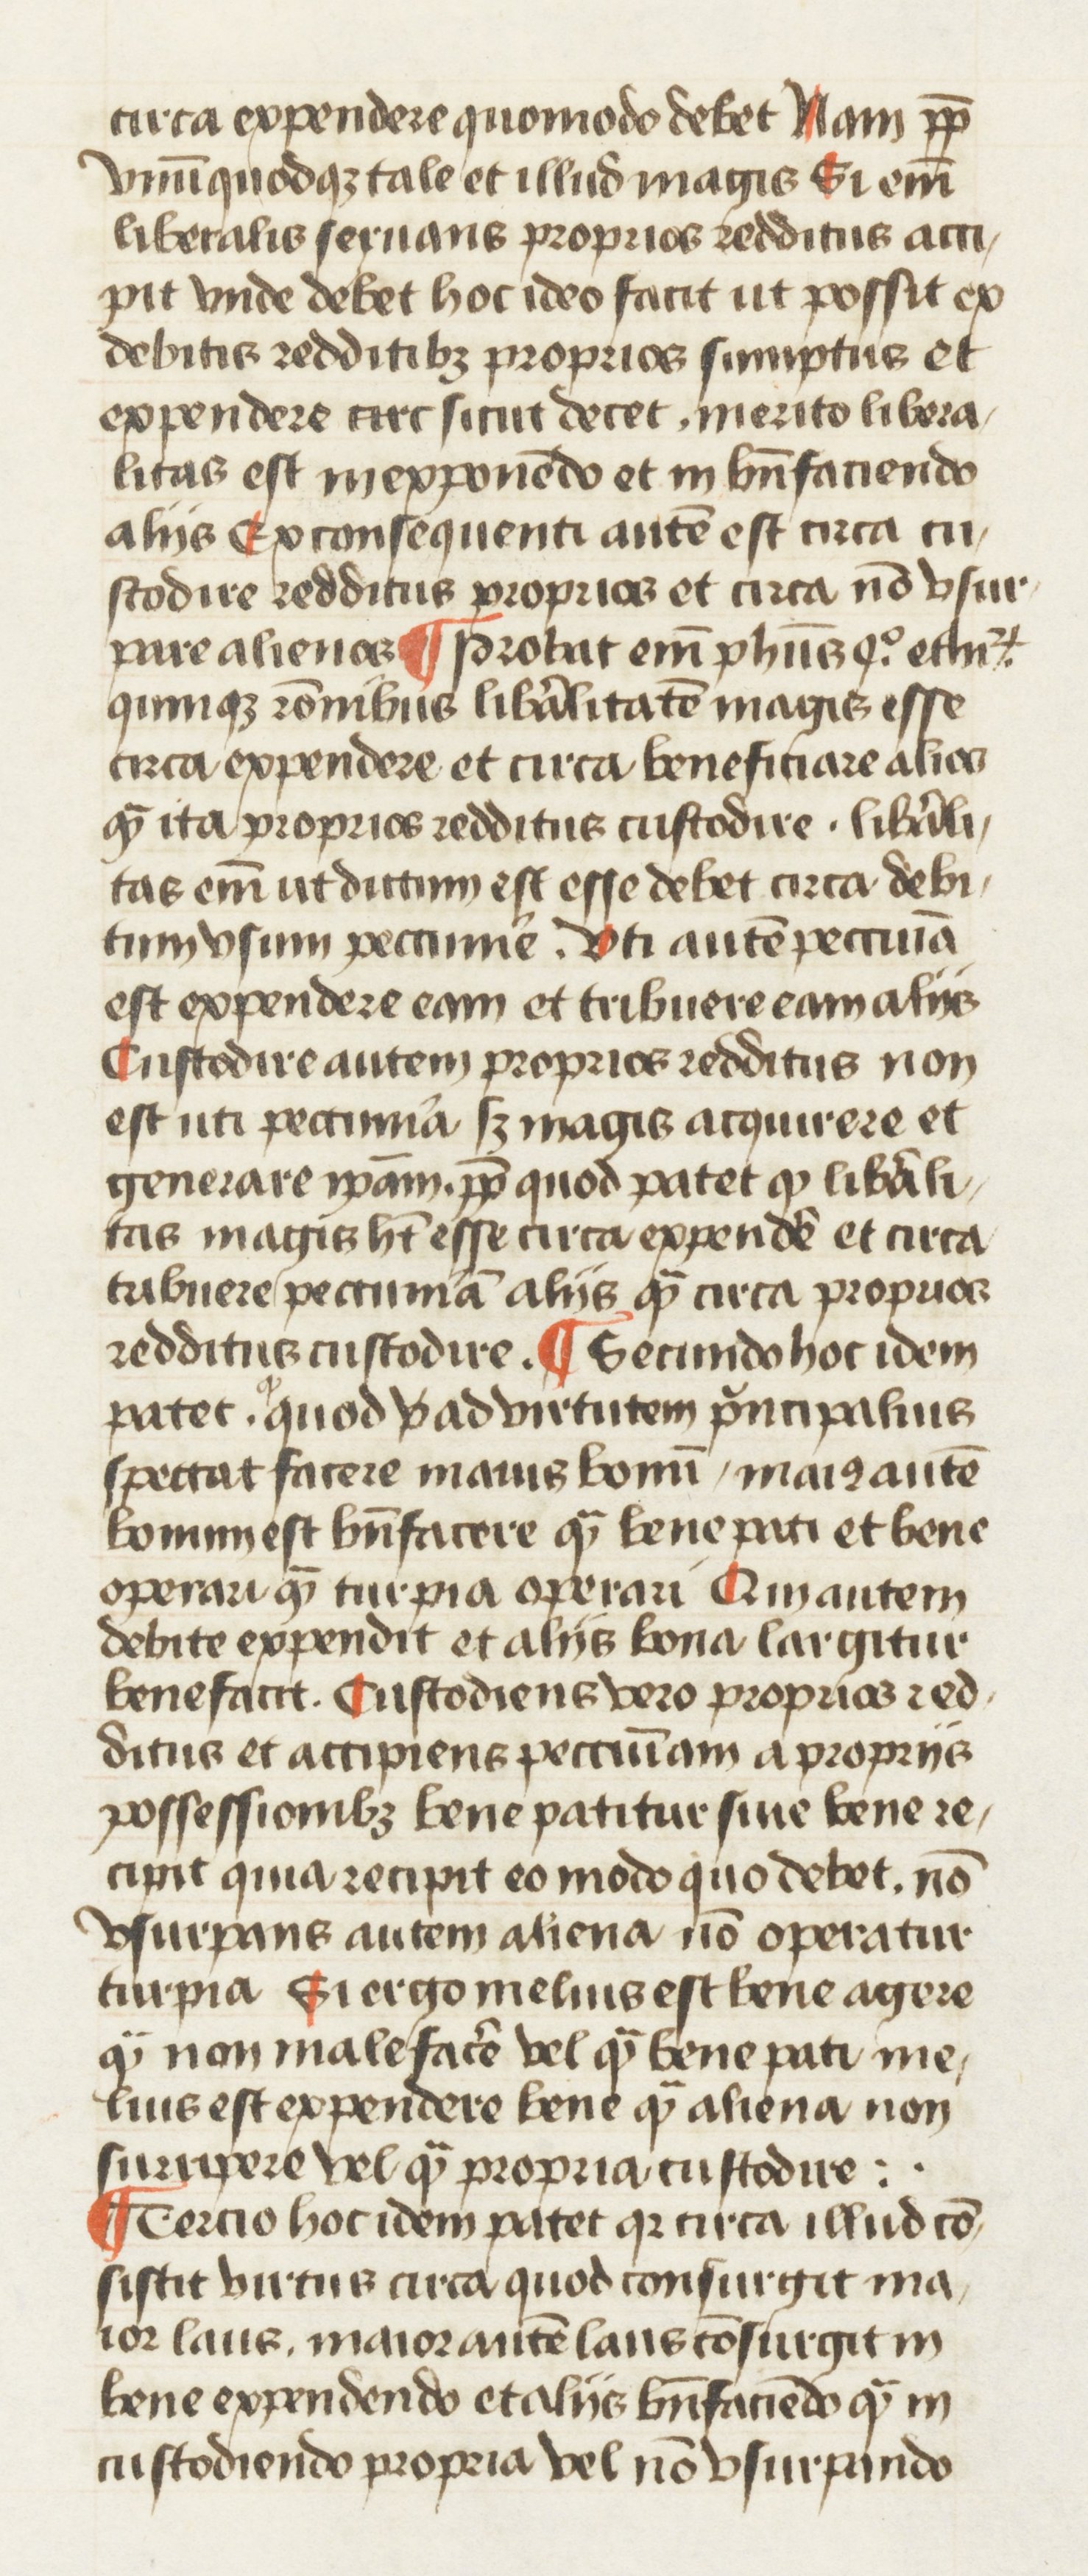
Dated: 1445–1495